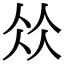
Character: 𠈌